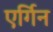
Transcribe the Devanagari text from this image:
एर्गिन